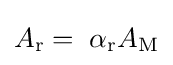
A_{\mathrm {r} }=\;\alpha _{\mathrm {r} }A_{\mathrm {M} }